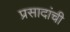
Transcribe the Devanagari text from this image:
प्रसादांची